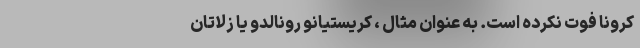
کرونا فوت نکرده است. به عنوان مثال ، کریستیانو رونالدو یا زلاتان